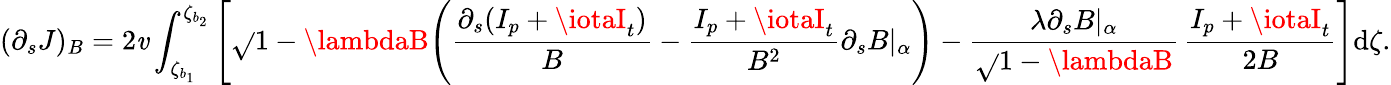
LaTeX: (\partial_{s}J)_{B}=2\mathit{v}\int_{\zeta_{b_{1}}}^{\zeta_{b_{2}}}\Bigg[\sqrt{}{{1-\lambdaB}}\Bigg(\frac{{\partial_{s}(I_{p}+\iotaI_{t})}}{{B}}-\frac{{I_{p}+\iotaI_{t}}}{{B^{2}}}\partial_{s}B|_{\alpha}\Bigg)-\frac{{\lambda\partial_{s}B|_{\alpha}}}{{\sqrt{}{{1-\lambdaB}}}}\, \frac{{I_{p}+\iotaI_{t}}}{{2B}}\Bigg]\mathrm{{d}}\zeta.